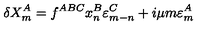
\delta X _ { m } ^ { A } = f ^ { A B C } x _ { n } ^ { B } \varepsilon _ { m - n } ^ { C } + i \mu m \varepsilon _ { m } ^ { A }